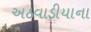
અઠવાડીયાના